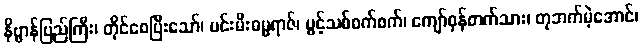
နိဗ္ဗာန်ပြည်ကြီး၊ တိုင်စေပြီးသော်၊ မင်းမီးဓမ္မရာဇ်၊ ပွင့်သစ်စက်စက်၊ ကျော်ဝှန်တက်သား၊ တုဘက်မဲ့အောင်၊